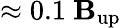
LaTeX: \approx0.1~\mathbf{B}_{\mathrm{{up}}}